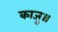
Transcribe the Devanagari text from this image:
काजु॥